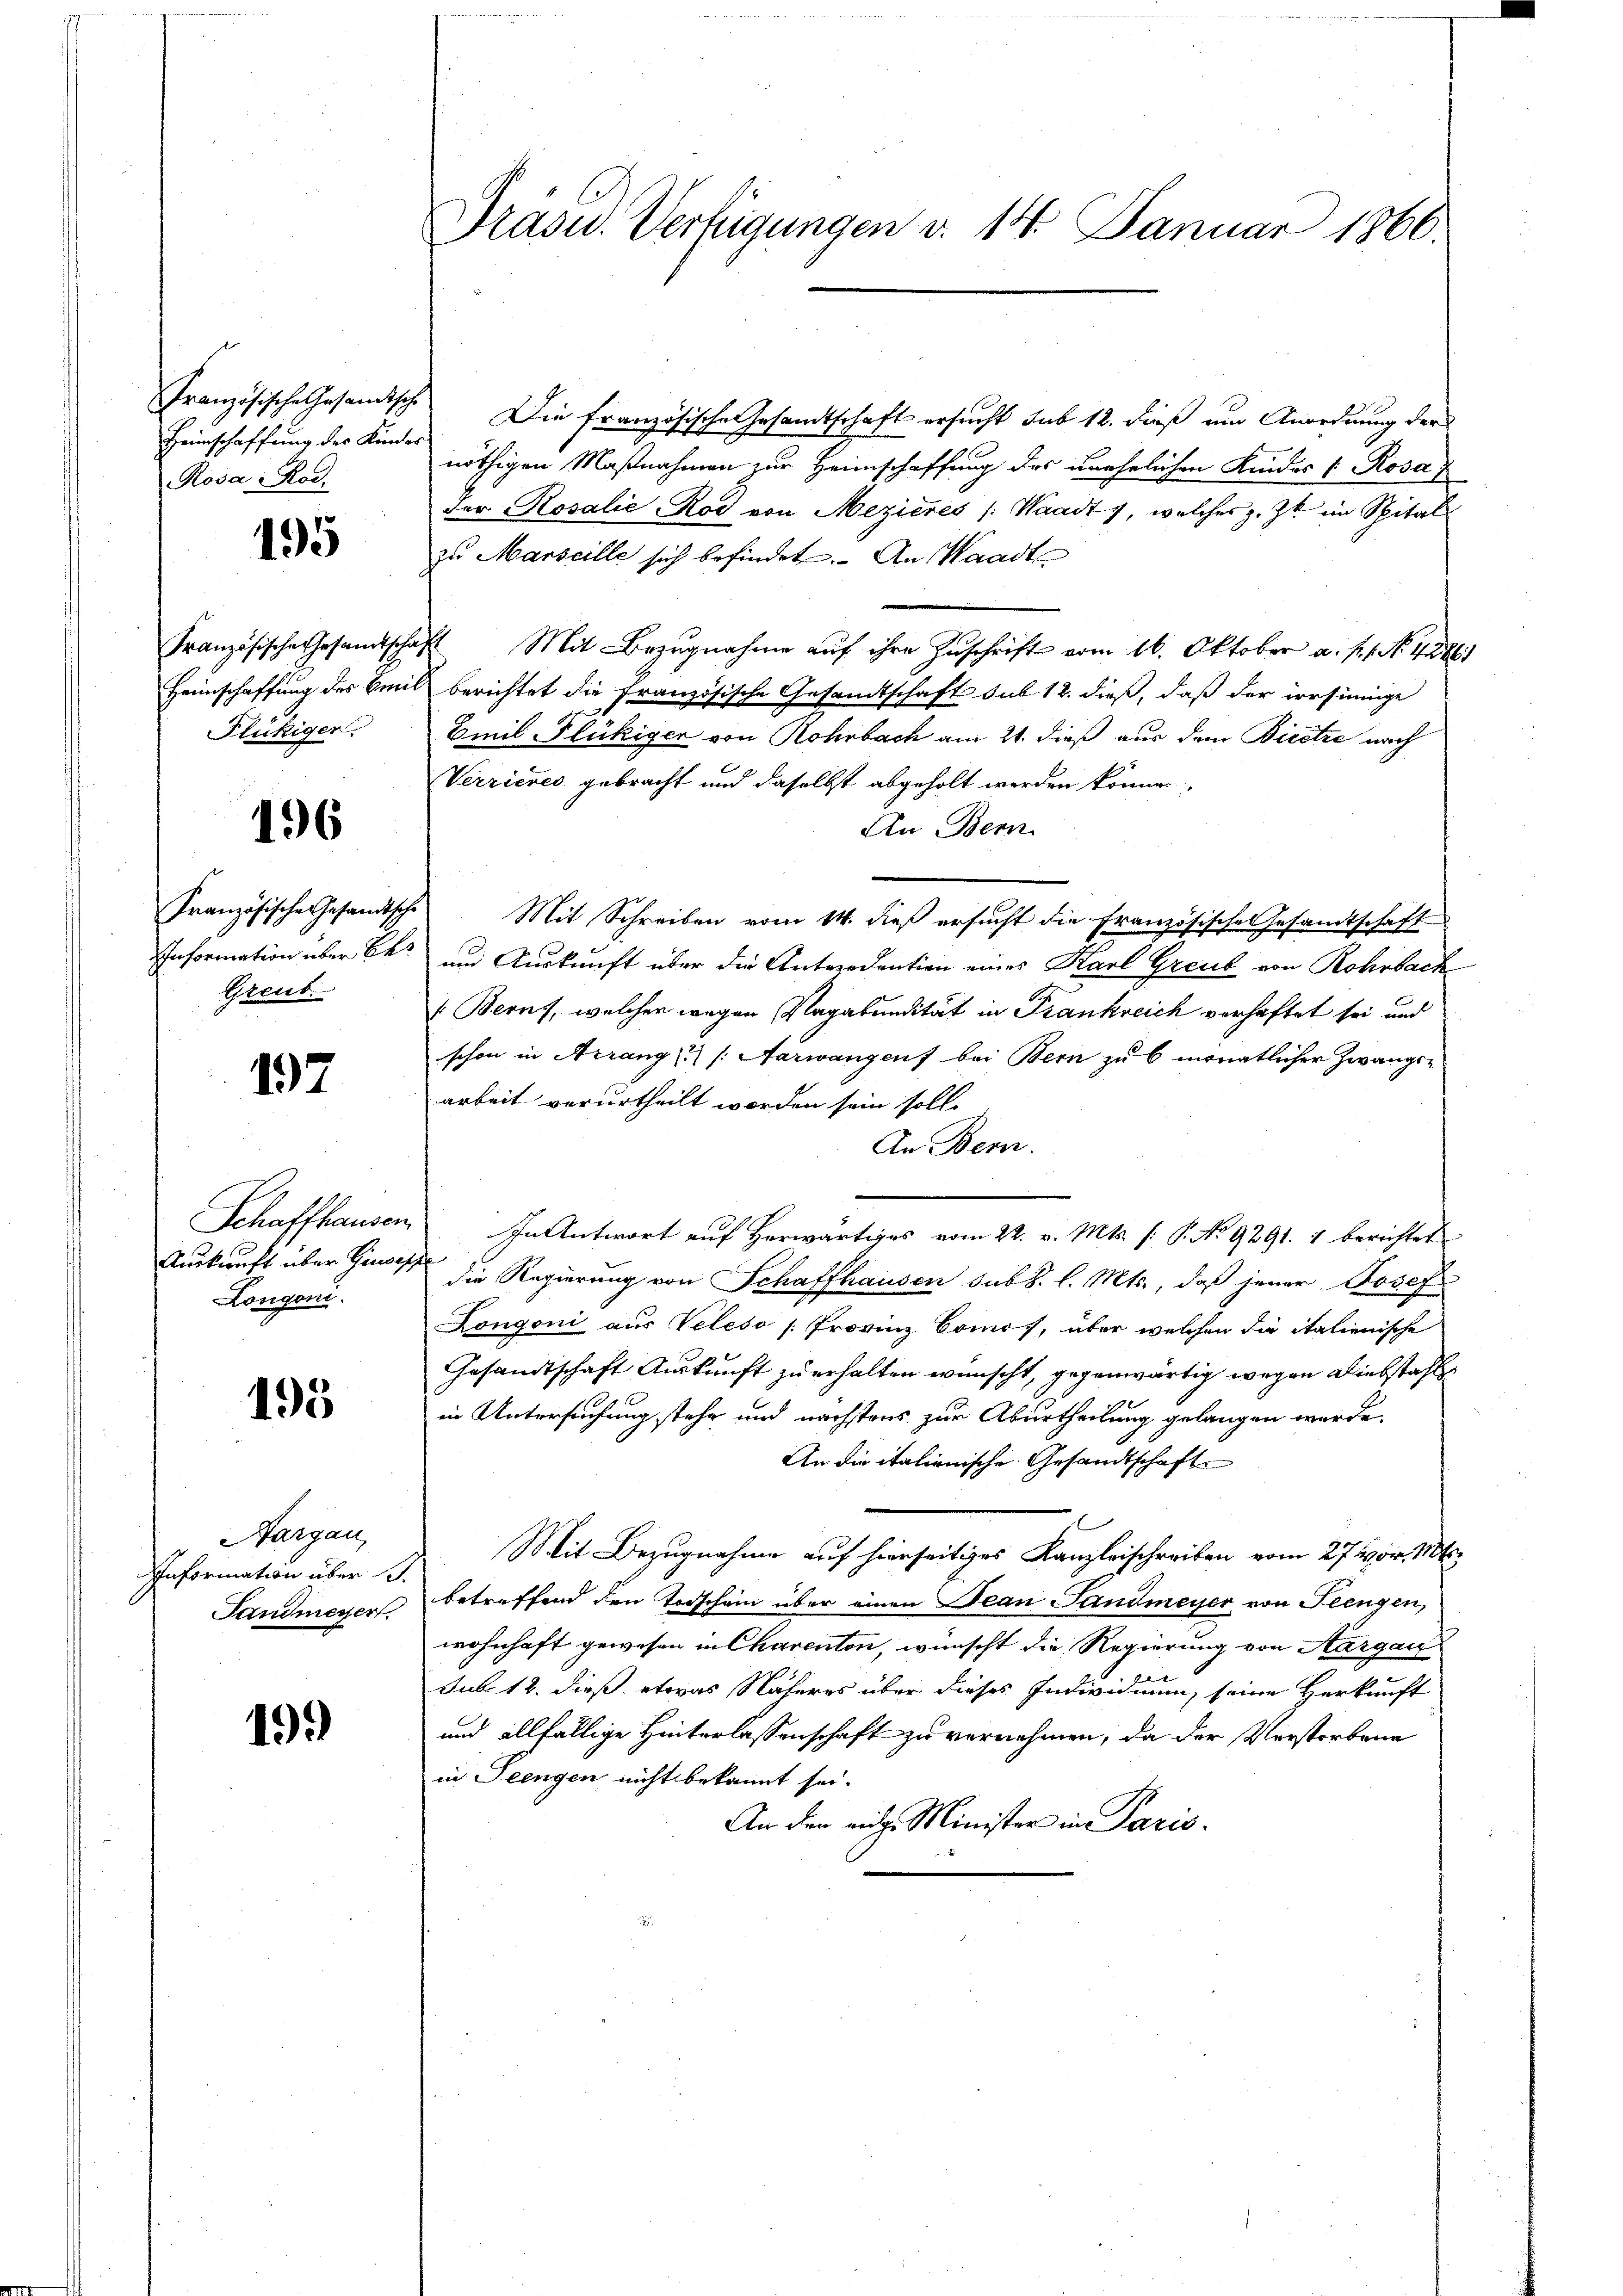
Heimschaffung des Kindes
Rosa Rod.

195

Französische Gesandtschaf
Heimschaffung des Emil
Flückiger.

196

Französische Gesandtsche
Information über Be
Greub

197

Schaffhausen.
Auskunft über Gensess
Longoni.

195

Aargau,
Information über 13.
Landmesser.

19.

Prasid. Verfügungen v. 14. Januar 1866.

nöthigen Maßnahmen zur Heimschaffung des unehelichen Kindes Rosa
Der Rosalie Rod von Mezières /: Waadt, welches z. Zt. im Spital
zu Marseille sich befindet. An Waadt
 Mit Bezugnahme auf ihre Zuschrift vom 16. Oktober a. p. 1. No. 1886)
berichtet die Französische Gesandtschaft sub 12. dieß, daß der irrsinnige
Emil Flückiger von Rohrbach am 21. dieß aus dem Bisetze nach
Verrieres gebracht und daselbst abgeholt werden können,
An Bern
Mit Schreiben vom 14. dieß ersucht die Französische Gesamtschaft
und Auskunft über die Antredention eines Karl Greub von Rohrbach
Berns, welcher wegen Vagabundität in Frankreich verhaftet sei und
schon in Arrang (Aarwangen bei Bern zŭ 6 monatlicher Zwangs-
arbeit verurtheilt worden sein soll.
An Bern.
In Antwort auf Herwärtiges vom 22. v. Mts. (: P. No 9291. 1 berichtet
e
die Regierung von Schaffhausen sub S. l. Mts., daß jener Josef
Longoni aus Veleso /: Provinz Comos, über welchen die italienische
Gesandtschaft Auskunft zu erhalten wünscht, gegenwärtig wegen Diebstahl
in Untersuchung stehe und nächstens zur Aburtheilung gelangen werde.
An die italienische Gesandtschaft
Mit Bezugnahme auf hierseitiges Kanzleischreiben vom 27. vor. 1806.
betreffend den Todschein über einen Jean Landmeyer von Seengen,
wohnhaft gewesen in Charenten, wünscht die Regierung von Aargau
sub. 12. dieß etwas Näheres über dieses Individuum, seine Herkunft
und allfällige Hinterlassenschaft zu vernehmen, da der Verstorbene
in Teengen nicht bekannt sei.
An der eidg. Minister in Paris.

Französische Gesamtsche Die französische Gesandtschaft ersucht sub 12. dieß um Anordnung der